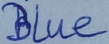
Text: Blue